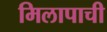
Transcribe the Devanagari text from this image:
मिलापाची